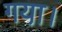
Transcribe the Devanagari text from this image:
गया़।